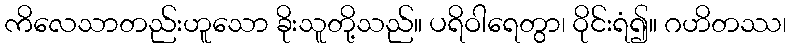
ကိလေသာတည်းဟူသော ခိုးသူတို့သည်။ ပရိဝါရေတွာ၊ ဝိုင်းရံ၍။ ဂဟိတဿ၊